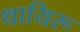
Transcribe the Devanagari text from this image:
थायिरू